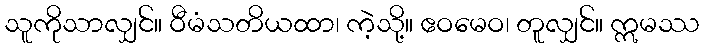
သူကိုသာလျှင်။ ဝီမံသတိယထာ၊ ကဲ့သို့။ ဧဝမေဝ၊ တူလျှင်။ ဣမဿ